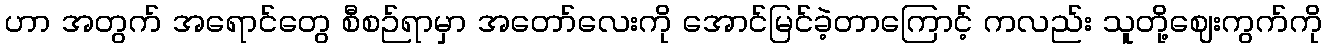
ဟာ အတွက် အရောင်တွေ စီစဉ်ရာမှာ အတော်လေးကို အောင်မြင်ခဲ့တာကြောင့် ကလည်း သူတို့ဈေးကွက်ကို